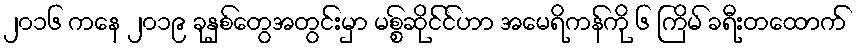
၂၀၁၆ ကနေ ၂၀၁၉ ခုနှစ်တွေအတွင်းမှာ မစ္စ်ဆိုင်င်ဟာ အမေရိကန်ကို ၆ ကြိမ် ခရီးတထောက်